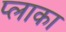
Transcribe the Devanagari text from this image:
प्लाका